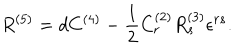
LaTeX: R ^ { ( 5 ) } = d C ^ { ( 4 ) } - \frac { 1 } { 2 } C _ { r } ^ { ( 2 ) } R _ { s } ^ { ( 3 ) } \epsilon ^ { r s } .